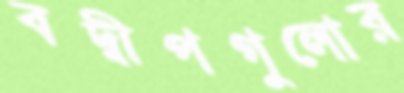
বদ্বীপগুলোর